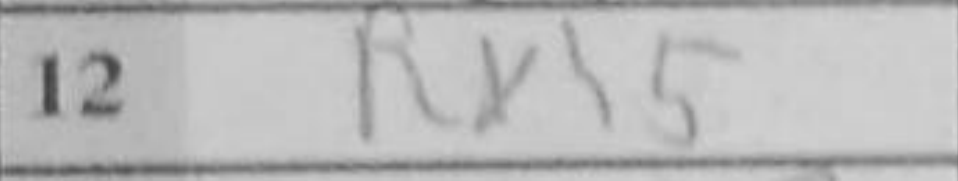
Transcription: Rxh5